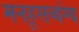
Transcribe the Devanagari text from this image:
मनहूसव्यंग्य